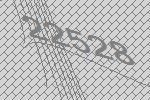
22528